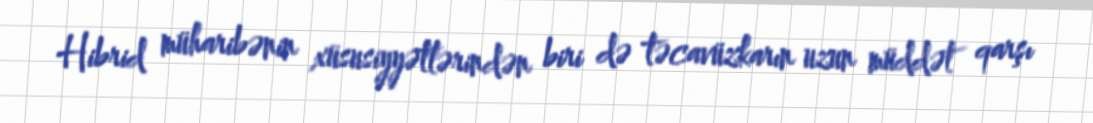
Hibrid müharibənin xüsusiyyətlərindən biri də təcavüzkarın uzun müddət qarşı